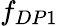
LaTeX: f_{DP1}